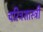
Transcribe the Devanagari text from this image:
चरित्रशास्त्री